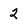
Character: 2